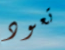
تعود